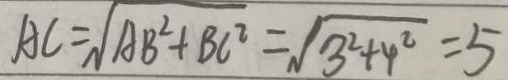
A C = \sqrt { A B ^ { 2 } + B C ^ { 2 } } = \sqrt { 3 ^ { 2 } + 4 ^ { 2 } } = 5